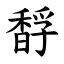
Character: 馟